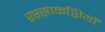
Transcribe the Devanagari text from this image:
रस्साकशियों